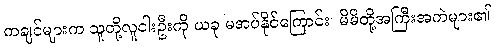
ကချင်များက သူတို့လူငါးဦးကို ယခု မအပ်နိုင်ကြောင်း၊ မိမိတို့အကြီးအကဲများ၏